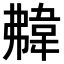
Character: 𩎡